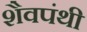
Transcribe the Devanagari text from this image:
शैवपंथी